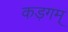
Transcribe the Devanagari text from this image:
कड़गम्‌